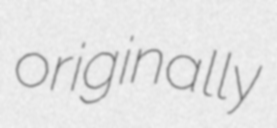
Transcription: originally